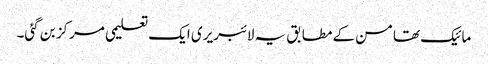
مائیک تھامسن کے مطابق یہ لائبریری ایک تعلیمی مرکز بن گئی۔